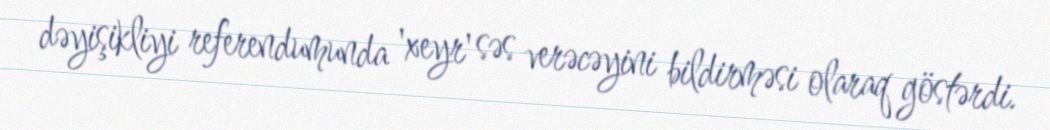
dəyişikliyi referendumunda 'xeyr' səs verəcəyini bildirməsi olaraq göstərdi.